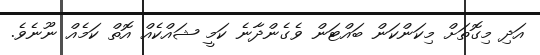
އަދި މިގޮތަށް މިކަންކަން ބައްޓަން ވެގެންދާނެ ކަމީ ޝައްކެއް އޮތް ކަމެއް ނޫނެވެ.